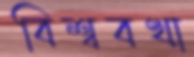
বিশ্ববখা